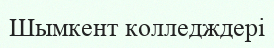
Шымкент колледждері